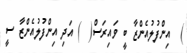
)  އިންފުލުއެންޒާ ބީ ވައިރަސް(  ) އަދި އިންފުލުއެންޒާ ސީ